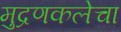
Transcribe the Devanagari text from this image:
मुद्रणकलेचा